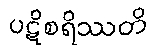
ပဋိစရိဿတိ